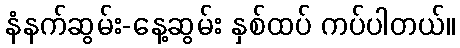
နံနက်ဆွမ်း-နေ့ဆွမ်း နှစ်ထပ် ကပ်ပါတယ်။